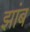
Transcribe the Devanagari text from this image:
झांब